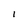
Character: 1